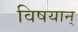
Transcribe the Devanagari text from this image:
विषयान्